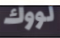
لووك